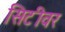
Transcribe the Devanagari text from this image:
सिटीवर